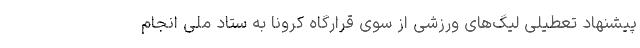
پیشنهاد تعطیلی لیگ‌های ورزشی از سوی قرارگاه کرونا به ستاد ملی انجام